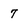
Character: 7